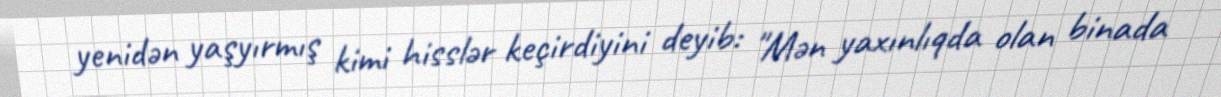
yenidən yaşyırmış kimi hisslər keçirdiyini deyib: "Mən yaxınlıqda olan binada